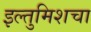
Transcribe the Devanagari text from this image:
इल्तुमिशचा